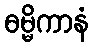
ဓမ္မိကာနံ